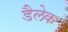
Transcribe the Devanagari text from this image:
डैलेक